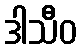
ဒါသီဝ